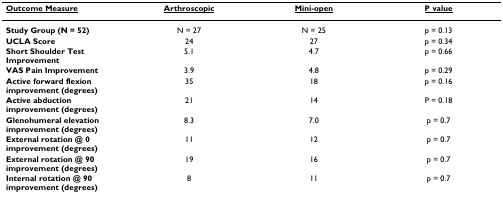
<table><thead><tr><td><b><underline>Outcome Measure</underline></b></td><td><b><underline>Arthroscopic</underline></b></td><td><b><underline>Mini-open</underline></b></td><td><b><underline>P value</underline></b></td></tr></thead><tbody><tr><td><b>Study Group (N = 52)</b></td><td>N = 27</td><td>N = 25</td><td>p = 0.13</td></tr><tr><td><b>UCLA Score</b></td><td>24</td><td>27</td><td>p = 0.34</td></tr><tr><td><b>Short Shoulder Test Improvement</b></td><td>5.1</td><td>4.7</td><td>p = 0.66</td></tr><tr><td><b>VAS Pain Improvement</b></td><td>3.9</td><td>4.8</td><td>p = 0.29</td></tr><tr><td><b>Active forward flexion improvement (degrees)</b></td><td>35</td><td>18</td><td>p = 0.16</td></tr><tr><td><b>Active abduction improvement (degrees)</b></td><td>21</td><td>14</td><td>P = 0.18</td></tr><tr><td><b>Glenohumeral elevation improvement (degrees)</b></td><td>8.3</td><td>7.0</td><td>p = 0.7</td></tr><tr><td><b>External rotation @ 0 improvement (degrees)</b></td><td>11</td><td>12</td><td>p = 0.7</td></tr><tr><td><b>External rotation @ 90 improvement (degrees)</b></td><td>19</td><td>16</td><td>p = 0.7</td></tr><tr><td><b>Internal rotation @ 90 improvement (degrees)</b></td><td>8</td><td>11</td><td>p = 0.7</td></tr></tbody></table>